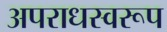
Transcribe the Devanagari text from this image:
अपराधस्वरूप